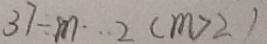
3 7 \div m \cdots 2 ( m > 2 )